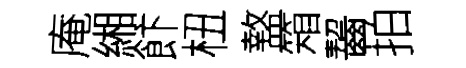
庵緗飰杻盩箱齧拍